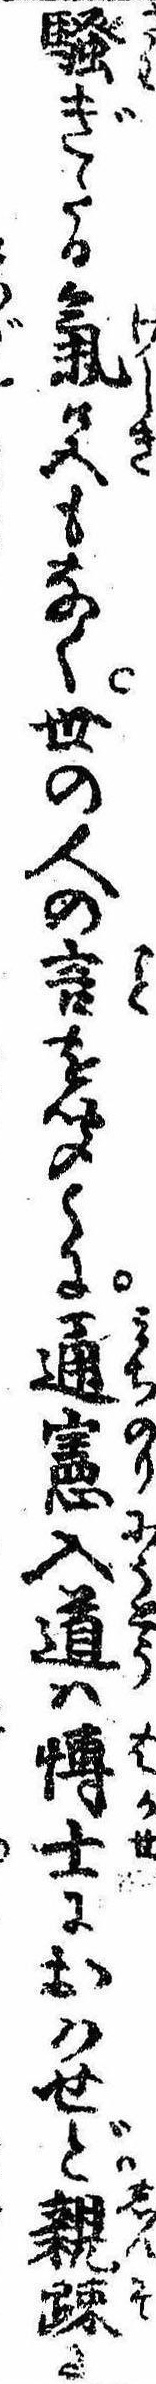
騒ぎたる気色もなく世の人の言を聞くに通憲入道は愽士におはせど親疎に